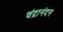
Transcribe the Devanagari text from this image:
चंद्रानंदन